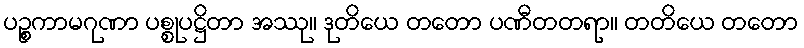
ပဉ္စကာမဂုဏာ ပစ္စုပဋ္ဌိတာ အဿု။ ဒုတိယေ တတော ပဏီတတရာ။ တတိယေ တတော